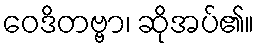
ဝေဒိတဗ္ဗာ၊ ဆိုအပ်၏။